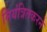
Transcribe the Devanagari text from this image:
नियंत्रितकरने